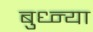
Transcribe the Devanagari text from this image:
बुध्न्या